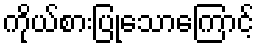
ကိုယ်စားပြုသောကြောင့်